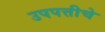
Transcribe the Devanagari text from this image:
उपपत्तीचे